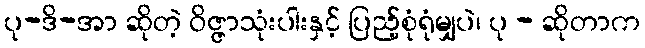
ပု-ဒိ-အာ ဆိုတဲ့ ဝိဇ္ဇာသုံးပါးနှင့် ပြည့်စုံရုံမျှပဲ၊ ပု - ဆိုတာက